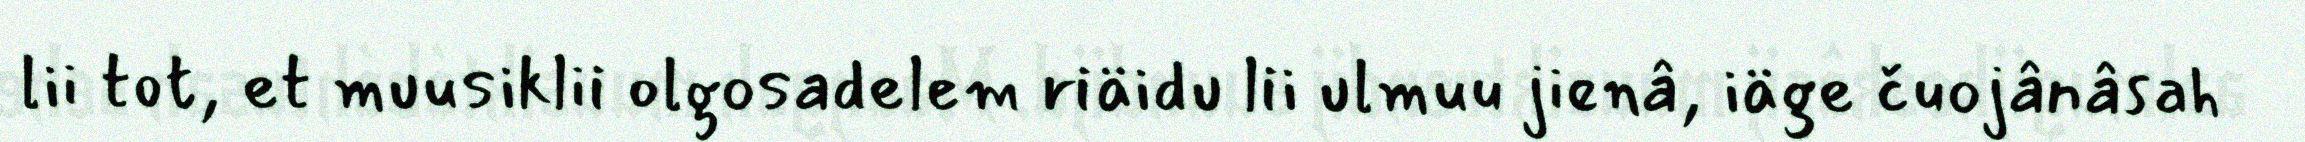
lii tot, et muusiklii olgosadelem riäidu lii ulmuu jienâ, iäge čuojânâsah